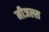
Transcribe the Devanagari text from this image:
मीजल्स